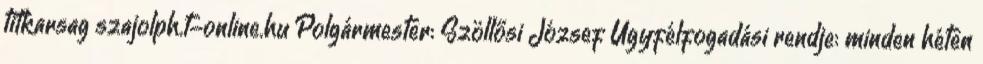
titkarsag szajolph.t-online.hu Polgármester: Szöllősi József Ügyfélfogadási rendje: minden héten